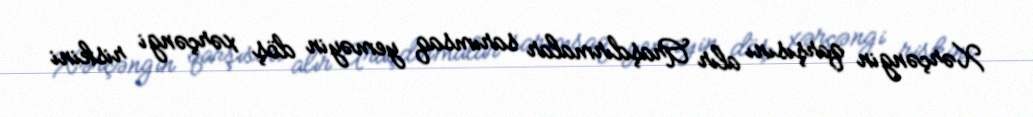
Xərçəngin qarşısını alır Araşdırmalar sarımsaq yeməyin döş xərçəngi riskini